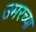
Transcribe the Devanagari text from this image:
उमरच्या